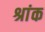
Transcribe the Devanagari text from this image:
श्रांक